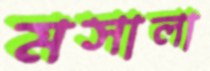
মসালা